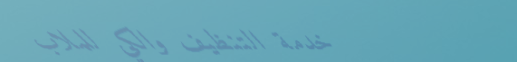
خدمة التنظيف والكي للملاب